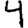
Digit: 4